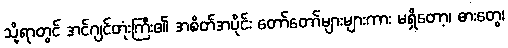
သို့ရာတွင် အင်ဂျင်တုံးကြီး၏ အစိတ်အပိုင်း တော်တော်များများကား မရှိတော့၊ ဓားတွေ၊